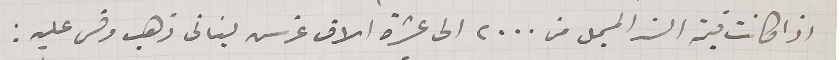
اذا كانت قيمة السند المسجل من ٢٠٠٠ الى عشرة الاف غرس لبنانى ذهب وقس عليه: